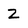
Character: Z